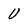
Character: U